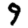
Digit: 9